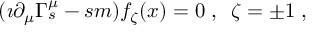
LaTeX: ( \imath \partial _ { \mu } \Gamma _ { s } ^ { \mu } - s m ) f _ { \zeta } ( x ) = 0 \; , \; \; \zeta = \pm 1 \; ,